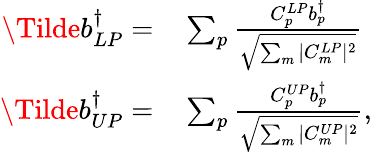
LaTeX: \begin{array}{rl}{\Tilde{b}_{LP}^{\dagger}=}&{{}\sum_{p}\frac{C_{p}^{LP}{b}_{p}^{\dagger}}{\sqrt{\sum_{m}|C_{m}^{LP}|^{2}}}}\\ {\Tilde{b}_{UP}^{\dagger}=}&{{}\sum_{p}\frac{C_{p}^{UP}{b}_{p}^{\dagger}}{\sqrt{\sum_{m}|C_{m}^{UP}|^{2}}},}\end{array}